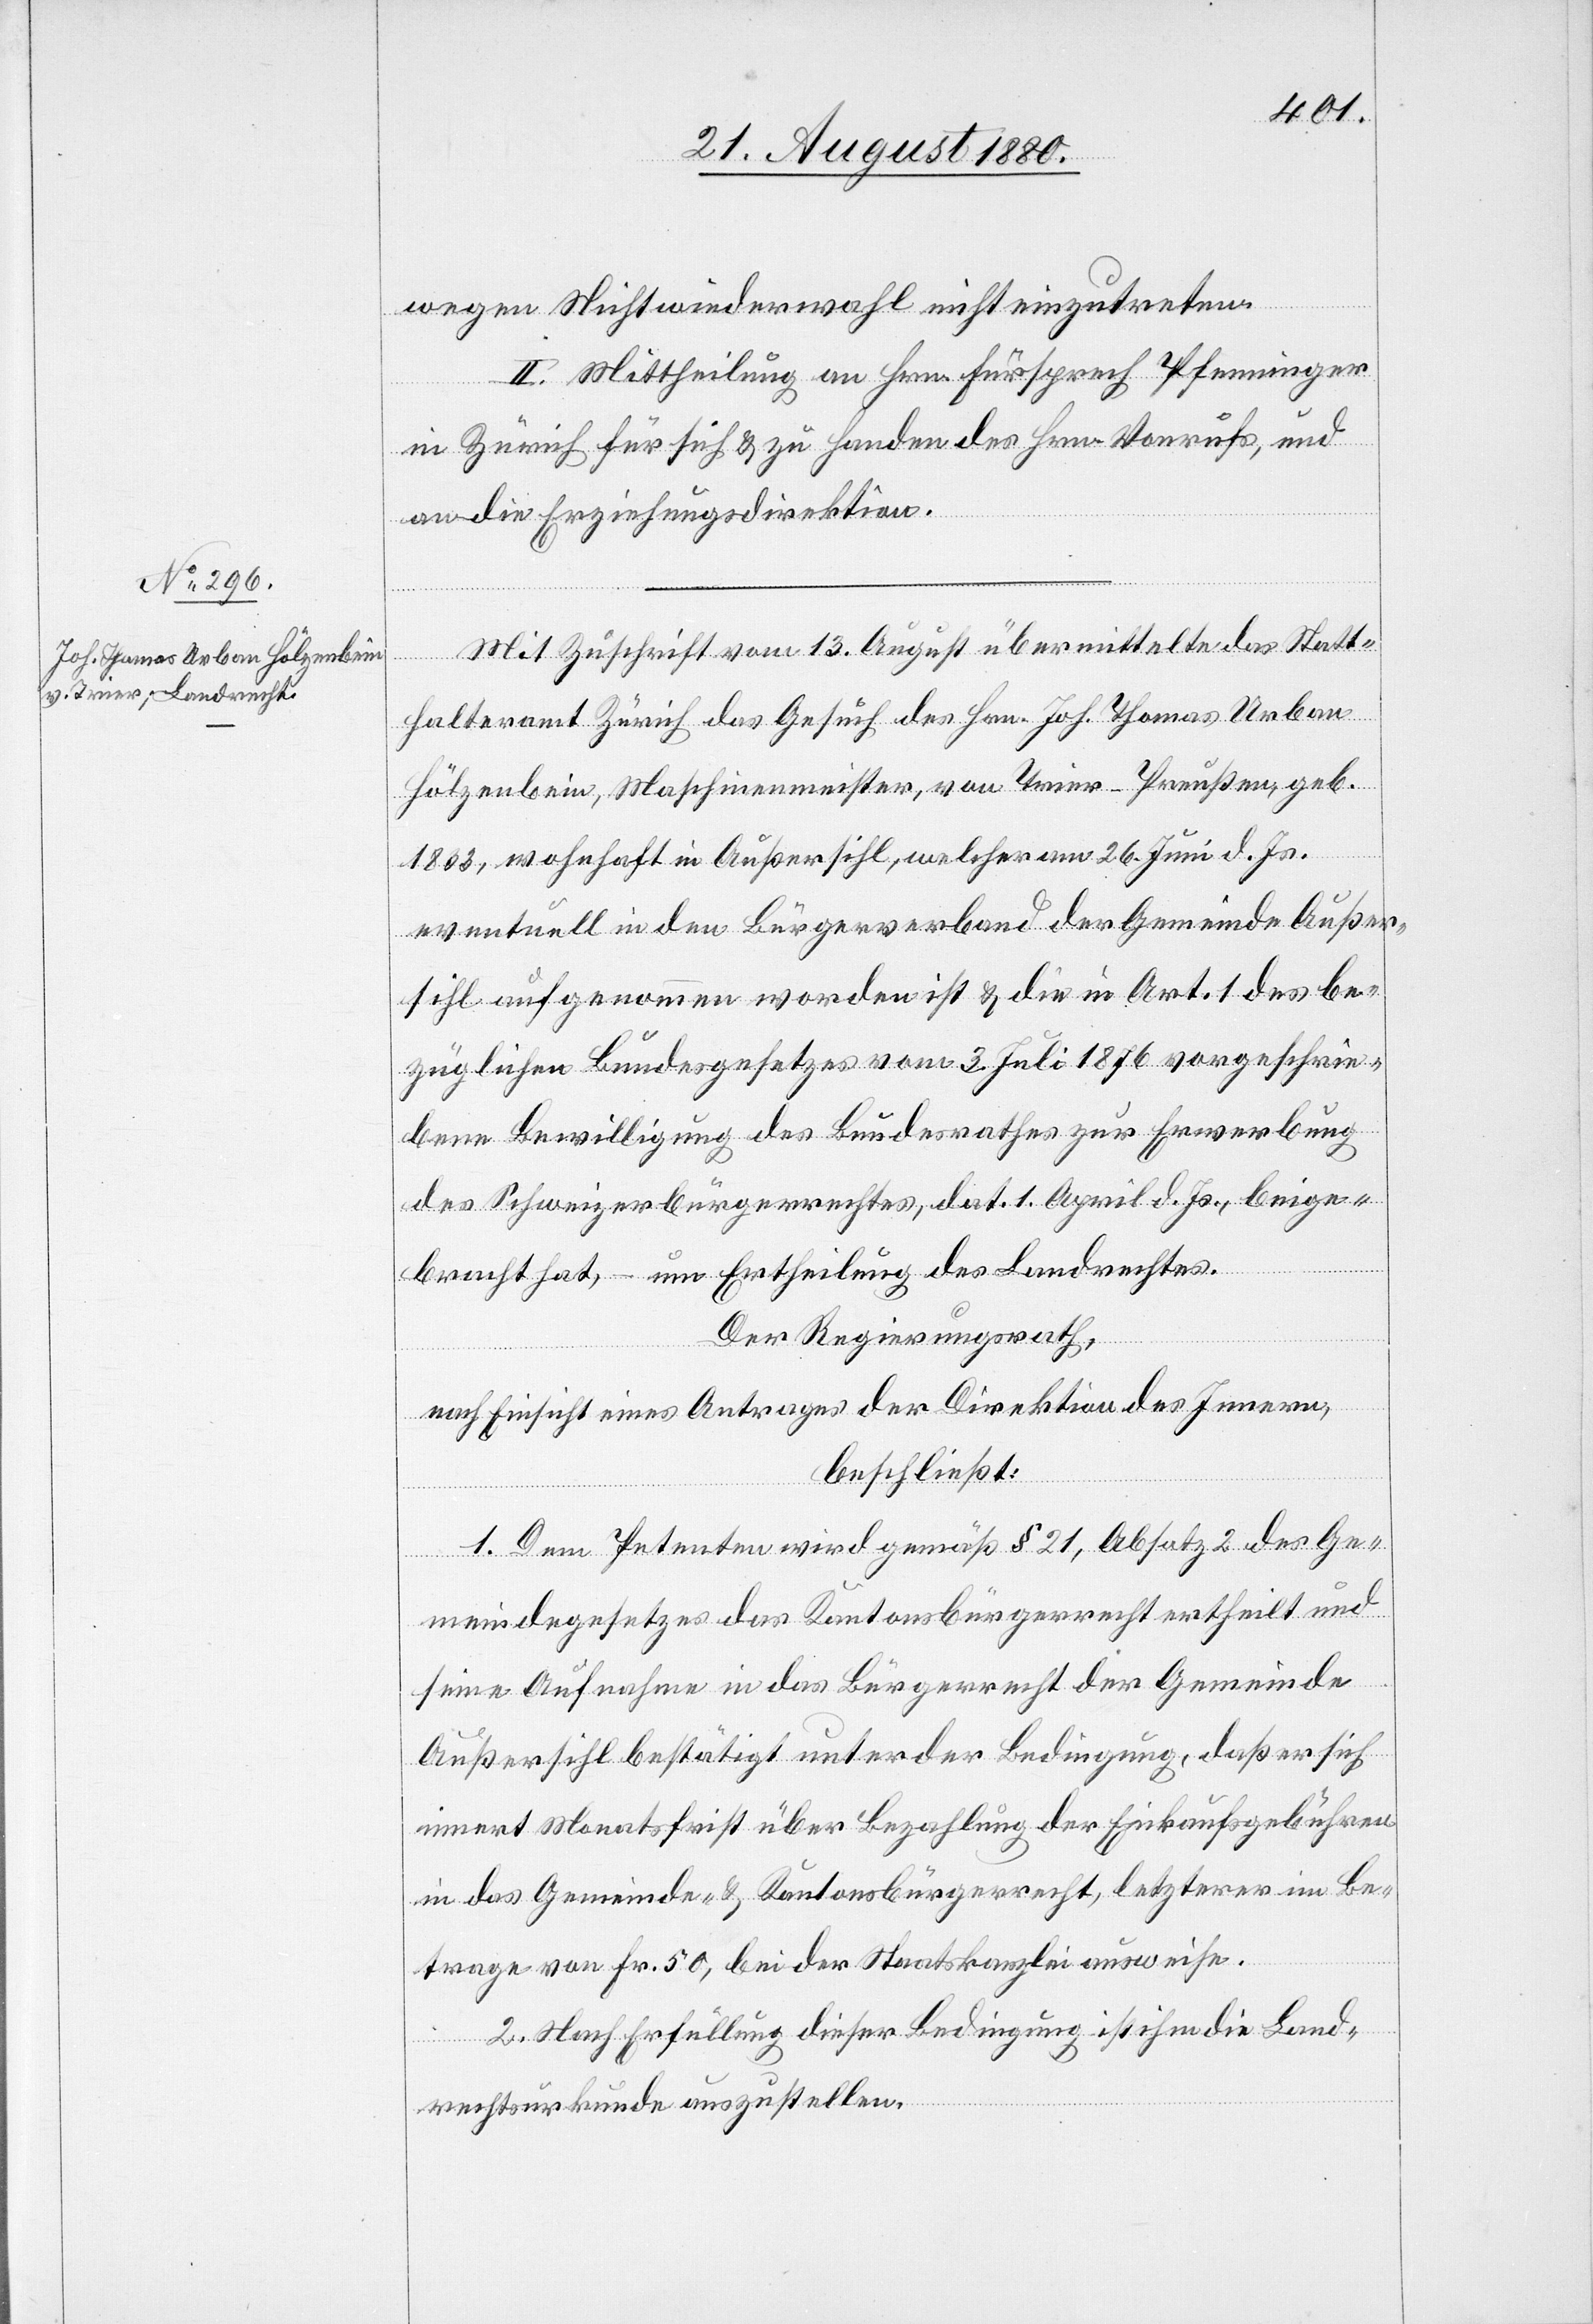
wegen Nichtwiederwahl nicht einzutreten.
II. Mittheilung an Hrn. Fürsprech Pfenninger
in Zürich für sich & zu Handen des Hrn. Vonrufs, und
an die Erziehungsdirektion.
Mit Zuschrift vom 13. August übermittelt das Statt¬
halteramt Zürich das Gesuch des Hrn. Joh. Thomas Urban
Hölzenbein, Maschinenmeister, von Trier - Preußen, geb.
1833, wohnhaft in Außersihl, welcher am 26. Juni d. Js.
eventuell in den Bürgerverband der Gemeinde Außer¬
sihl aufgenommen worden ist & die in Art. 1 des be¬
züglichen Bundesgesetzes vom 3. Juli 1876 vorgeschrie¬
bene Bewilligung des Bundesrathes zur Erwerbung
des Schweizerbürgerrechtes, dat. 1. April d. Js., beige¬
bracht hat, – um Ertheilung des Landrechtes.
Der Regierungsrath,
nach Einsicht eines Antrages der Direktion des Innern,
beschließt:
1. Dem Petenten wird gemäß § 21, Absatz 2 des Ge¬
meindegesetzes das Kantonsbürgerrecht ertheilt und
seine Aufnahme in das Bürgerrecht der Gemeinde
Außersihl bestätigt unter der Bedingung, daß er sich
innert Monatsfrist über Bezahlung der Einkaufsgebühren
in das Gemeinde- & Kantonsbürgerrecht, letzterer im Be¬
trage von Fr. 50, bei der Staatskanzlei ausweise.
2. Nach Erfüllung dieser Bedingung ist ihm die Land¬
rechtsurkunde auszustellen.